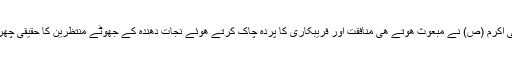
جیسا کہ خود نبی اکرم (ص) نے مبعوث ھوتے ھی منافقت اور فریبکاری کا پردہ چاک کرتے ھوئے نجات دھندہ کے جھوٹے منتظرین کا حقیقی چھرہ برملا کر ڈالا۔